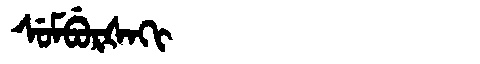
Manchu: ᠰᡠᠮᠪᡠᡵᡧᠠᡴᡳ
Romanization: SUMBURŠAKI